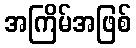
အကြိမ်အဖြစ်